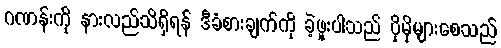
ဂဏန်းကို နားလည်သိရှိရန် ဒီခံစားချက်ကို ခဲ့ဖူးပါသည် ပိုမိုများစေသည်